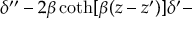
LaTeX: \delta ^ { \prime \prime } - 2 \beta \coth [ \beta ( z - z ^ { \prime } ) ] \delta ^ { \prime } -